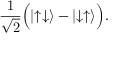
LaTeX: { \frac { 1 } { \sqrt { 2 } } } { \Big ( } | { \uparrow \downarrow } \rangle - | { \downarrow \uparrow } \rangle { \Big ) } .